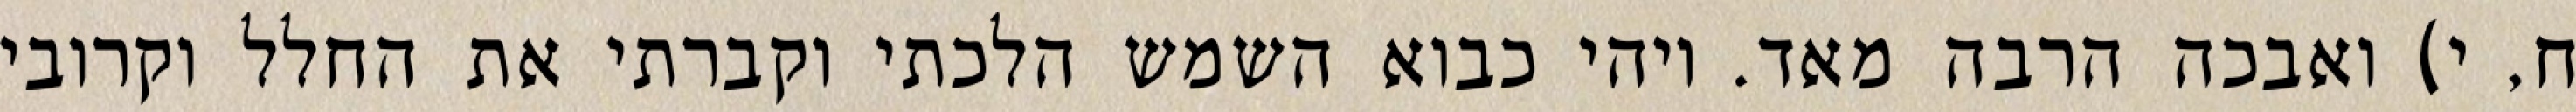
ח, י) ואבכה הרבה מאד. ויהי כבוא השמש הלכתי וקברתי את החלל וקרובי